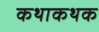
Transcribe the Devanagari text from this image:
कथाकथक